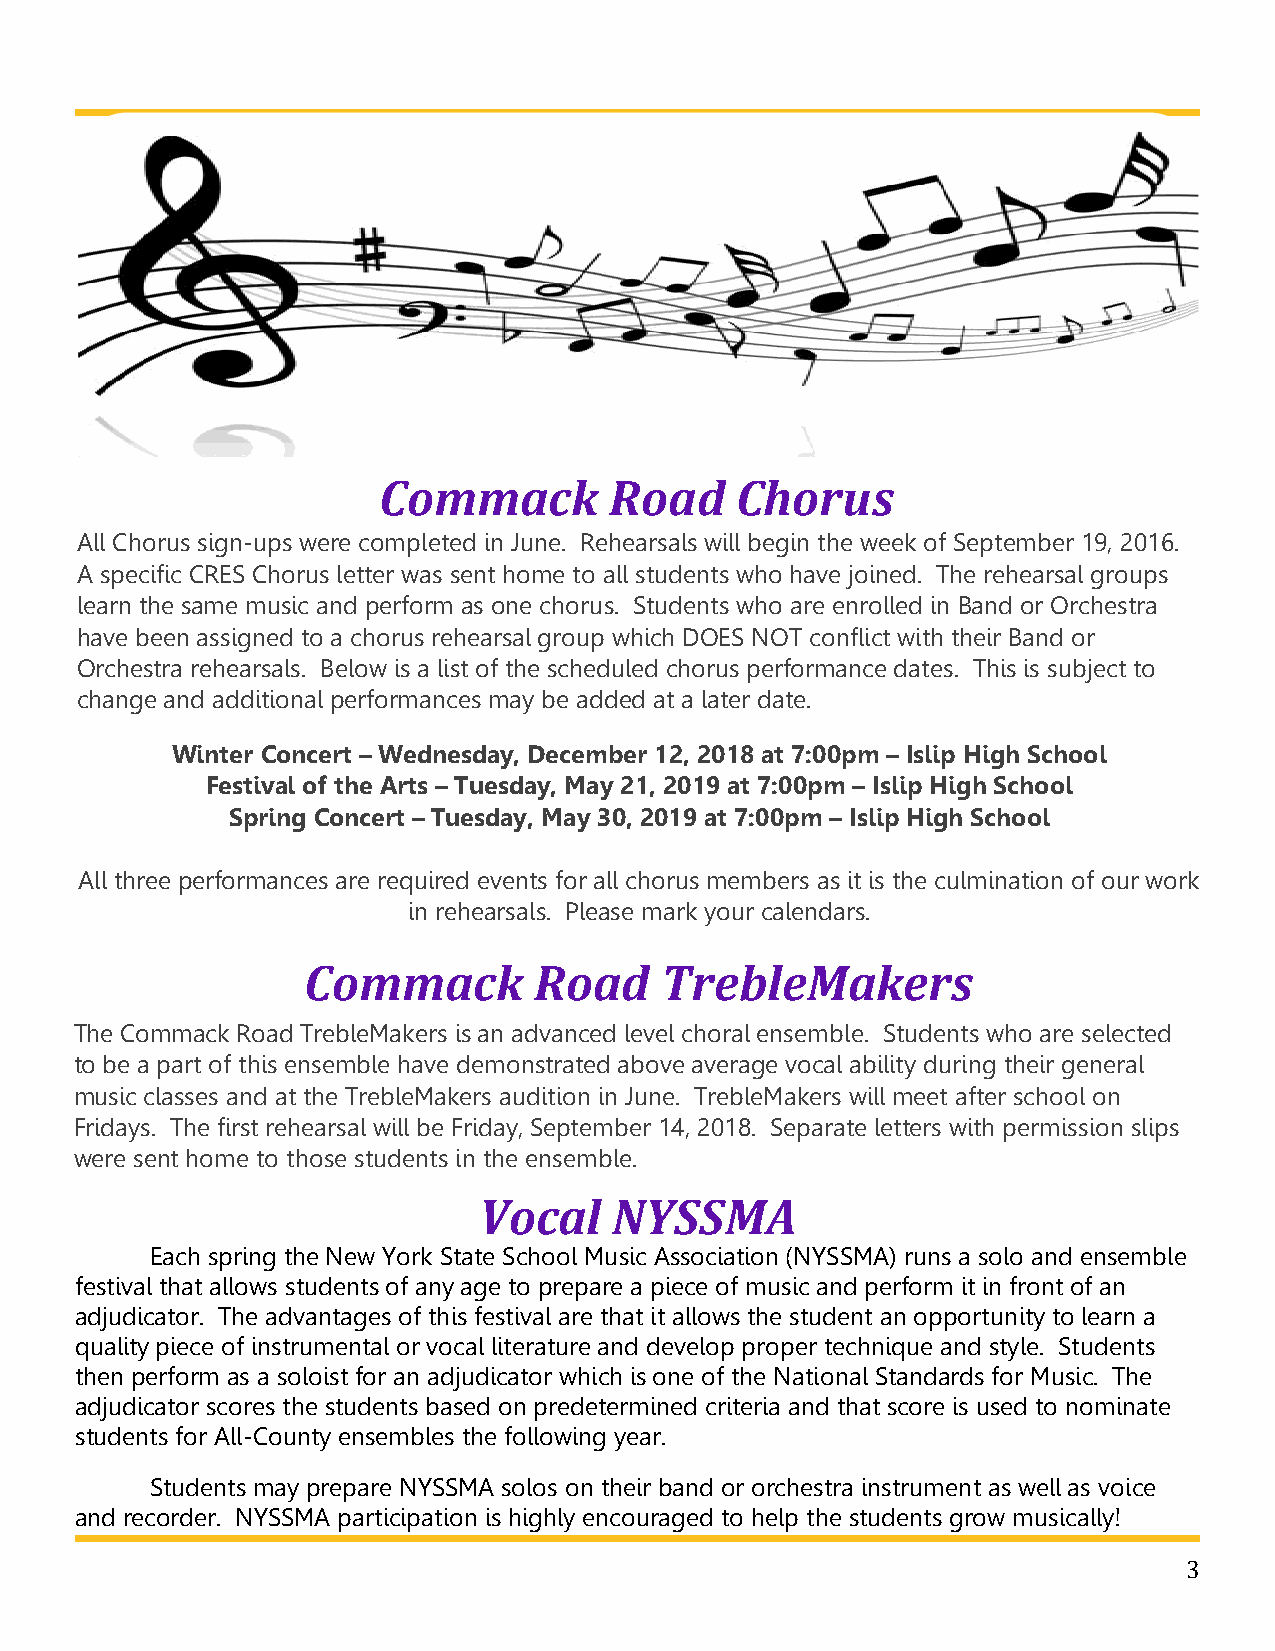
Commack        Road     Chorus
 All Chorus sign-ups were completed in June. Rehearsals will begin the week of September 19, 2016.
 A specific CRES Chorus letter was sent home to all students who have joined. The rehearsal groups
 learn the same music and perform as one chorus. Students who are enrolled in Band or Orchestra
 have been assigned to a chorus rehearsal group which DOES NOT conflict with their Band or
 Orchestra rehearsals. Below is a list of the scheduled chorus performance dates. This is subject to
 change and additional performances may be added at a later date.
 Winter Concert – Wednesday, December 12, 2018 at 7:00pm – Islip High School
 Festival of the Arts – Tuesday, May 21, 2019 at 7:00pm – Islip High School
 Spring Concert – Tuesday, May 30, 2019 at 7:00pm – Islip High School
 All three performances are required events for all chorus members as it is the culmination of our work
 in rehearsals. Please mark your calendars.
 Commack        Road     TrebleMakers
 The Commack Road TrebleMakers is an advanced level choral ensemble. Students who are selected
 to be a part of this ensemble have demonstrated above average vocal ability during their general
 music classes and at the TrebleMakers audition in June. TrebleMakers will meet after school on
 Fridays. The first rehearsal will be Friday, September 14, 2018. Separate letters with permission slips
 were sent home to those students in the ensemble.
 Vocal    NYSSMA
 Each spring the New York State School Music Association (NYSSMA) runs a solo and ensemble
 festival that allows students of any age to prepare a piece of music and perform it in front of an
 adjudicator. The advantages of this festival are that it allows the student an opportunity to learn a
 quality piece of instrumental or vocal literature and develop proper technique and style. Students
 then perform as a soloist for an adjudicator which is one of the National Standards for Music. The
 adjudicator scores the students based on predetermined criteria and that score is used to nominate
 students for All-County ensembles the following year.
 Students may prepare NYSSMA solos on their band or orchestra instrument as well as voice
 and recorder. NYSSMA participation is highly encouraged to help the students grow musically!
 3